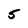
Character: 5